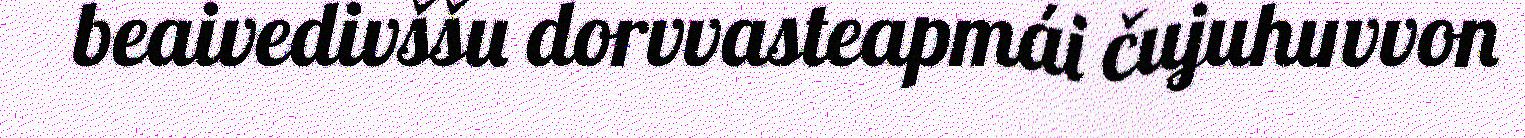
beaivedivššu dorvvasteapmái čujuhuvvon